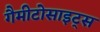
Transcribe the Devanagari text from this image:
गैमीटोसाइट्स